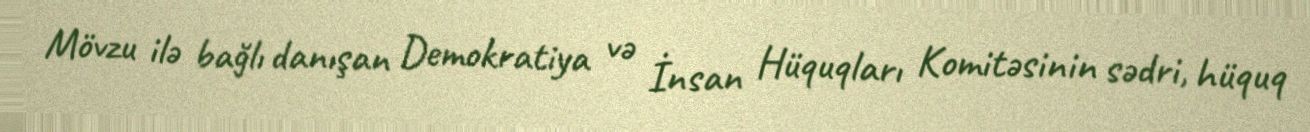
Mövzu ilə bağlı danışan Demokratiya və İnsan Hüquqları Komitəsinin sədri, hüquq